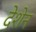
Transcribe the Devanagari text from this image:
देशेन